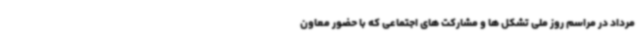
مرداد در مراسم روز ملی تشکل ها و مشارکت های اجتماعی که با حضور معاون